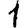
Digit: 1